Civil Veterinary Dept. North-West Frontier Province 1901-22 - 1901-1922
Year: 1901
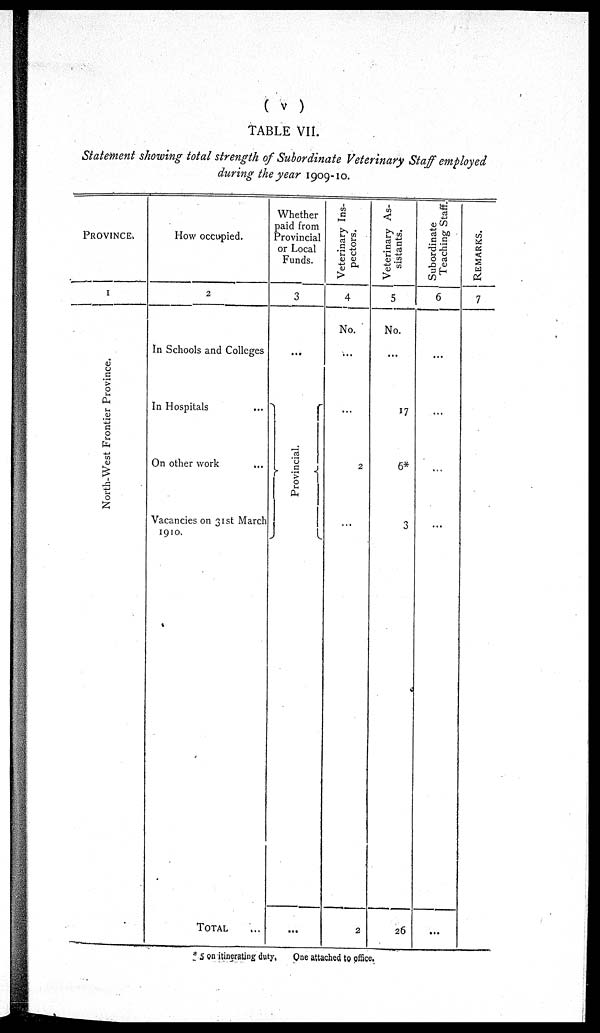
(v)
TABLE VII.
Statement showing total strength of Subordinate Veterinary Staff employed
during the year 1909-10.
PROVINCE..
1
North-West Fr ont i
er Pr ovi nce.
How occupied.
2
In Schools and Colleges
In Hospitals
...
On other work
...
Vacancies on 31st March
1910.
TOTAL ...
Whether
paid from
Provincial
or Local
Funds.
3
...
Pr ovi nci al .
...
Veterinary Ins-
pectors.
4
No.
...
...
2
...
2
Veterinary As-
sistants.
5
No.
...
17
6*
3
26
Subordinate
Teaching Staff.
6
...
...
...
...
...
REMARKS.
7
* 5 on itinerating duty. One attached to office.